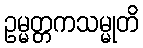
ဥမ္မတ္တကသမ္မုတိ